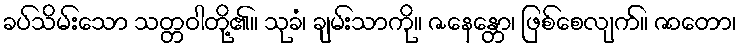
ခပ်သိမ်းသော သတ္တဝါတို့၏။ သုခံ၊ ချမ်းသာကို။ ဇနေန္တော၊ ဖြစ်စေလျက်။ ဇာတော၊